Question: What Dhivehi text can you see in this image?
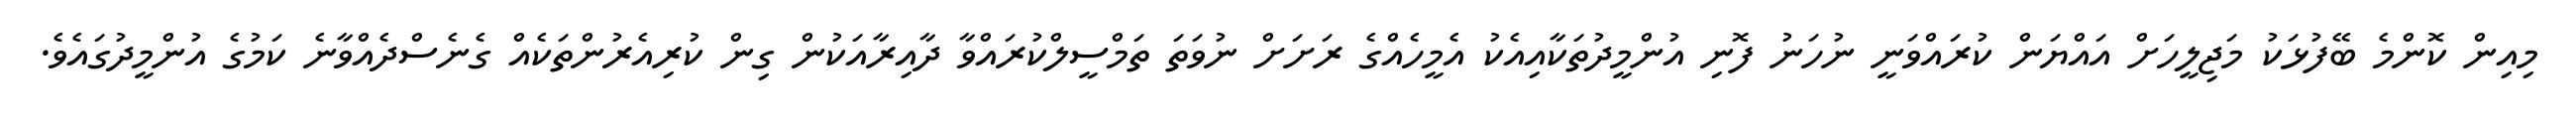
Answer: މިއިން ކޮންމެ ބޭފުޅަކު މަޖިލީހަށް އައްޔަން ކުރައްވަނީ ނުހަނު ފޮނި އުންމީދުތަކާއިއެކު އެމީހެއްގެ ރަށަށް ނުވަތަ ތަމްސީލްކުރައްވާ ދާއިރާއަކުން ގިން ކުރިއެރުންތަކެއް ގެނެސްދެއްވާނެ ކަމުގެ އުންމީދުގައެވެ.